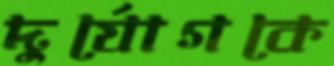
দুর্যোগকে